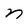
Character: n